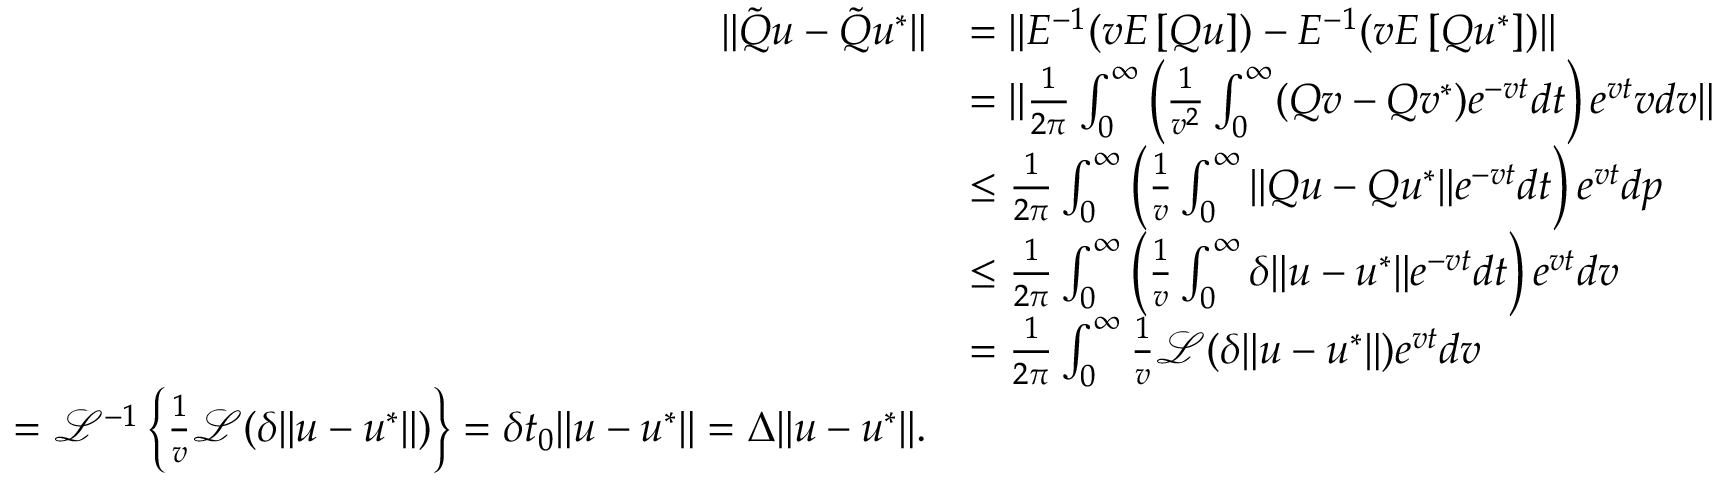
\begin{array} { r l } { \| \tilde { Q } u - \tilde { Q } u ^ { * } \| } & { = \| E ^ { - 1 } ( v E \left[ Q u \right] ) - E ^ { - 1 } ( v E \left[ Q u ^ { * } \right] ) \| } \\ & { = \| \frac { 1 } { 2 \pi } \int _ { 0 } ^ { \infty } \left( \frac { 1 } { v ^ { 2 } } \int _ { 0 } ^ { \infty } ( Q v - Q v ^ { * } ) e ^ { - v t } d t \right) e ^ { v t } v d v \| } \\ & { \leq \frac { 1 } { 2 \pi } \int _ { 0 } ^ { \infty } \left( \frac { 1 } { v } \int _ { 0 } ^ { \infty } \| Q u - Q u ^ { * } \| e ^ { - v t } d t \right) e ^ { v t } d p } \\ & { \leq \frac { 1 } { 2 \pi } \int _ { 0 } ^ { \infty } \left( \frac { 1 } { v } \int _ { 0 } ^ { \infty } \delta \| u - u ^ { * } \| e ^ { - v t } d t \right) e ^ { v t } d v } \\ & { = \frac { 1 } { 2 \pi } \int _ { 0 } ^ { \infty } \frac { 1 } { v } \mathcal { L } ( \delta \| u - u ^ { * } \| ) e ^ { v t } d v } \\ { = \mathcal { L } ^ { - 1 } \left\{ \frac { 1 } { v } \mathcal { L } ( \delta \| u - u ^ { * } \| ) \right\} = \delta t _ { 0 } \| u - u ^ { * } \| = \Delta \| u - u ^ { * } \| . } \end{array}